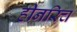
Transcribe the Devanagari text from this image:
हीनरिच